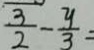
\frac { 3 } { 2 } - \frac { y } { 3 } =